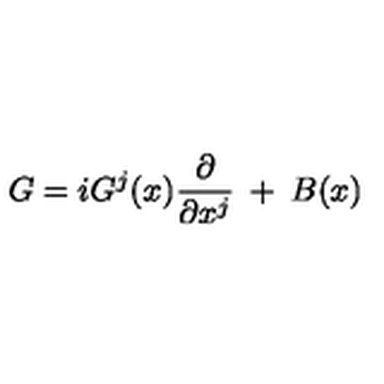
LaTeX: G = i G ^ { j } ( x ) \frac { \partial } { \partial x ^ { j } } \: + \: B ( x )